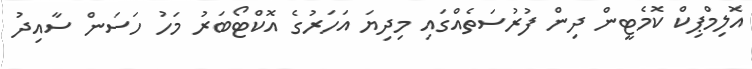
އޮލިމްޕިކް ކޮމެޓީން ދިން ފުރުސަތެއްގައި މިދިޔަ އަހަރުގެ އޮކްޓޯބަރު މަހު ހަސަން ސާއިދު